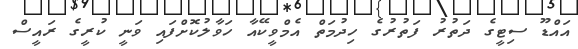
އައްޑޫ ސިޓީގެ ދަތުރު ފަތުރުގެ ހިދުމަތް އެމްވީކޭއާ ހަވާލުކޮށްފައި ވަނީ ކުރީގެ ރައީސް